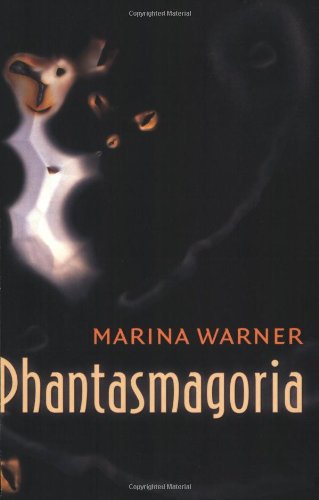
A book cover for Phantasmagoria: Spirit Visions, Metaphors, and Media into the Twenty-first Century; Marina Warner; Science Fiction & Fantasy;